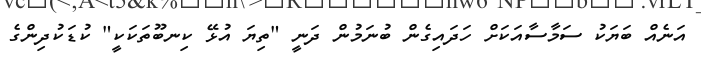
އަނެއް ބަޔަކު ސަމާސާއަކަށް ހަދައިގެން ބުނަމުން ދަނީ "ތިޔަ އުޅޭ ކިނބޫތަކަކީ" ކުޑަކުދިންގެ